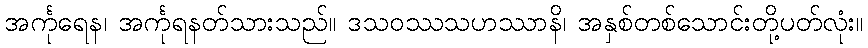
အင်္ကုရေန၊ အင်္ကုရနတ်သားသည်။ ဒသဝဿသဟဿာနိ၊ အနှစ်တစ်သောင်းတို့ပတ်လုံး။